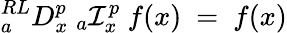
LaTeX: {}_{a}^{RL}D_{x}^{p}~{}_{a}\mathcal{I}_{x}^{p}~f(x)~=~f(x)